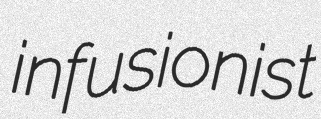
infusionist